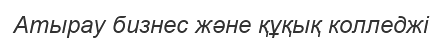
Атырау бизнес және құқық колледжі